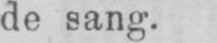
de sang.